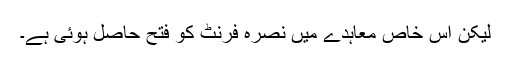
لیکن اس خاص معاہدے میں نصرہ فرنٹ کو فتح حاصل ہوئی ہے۔